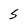
Character: S